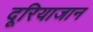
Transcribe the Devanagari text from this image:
दूरियाजान